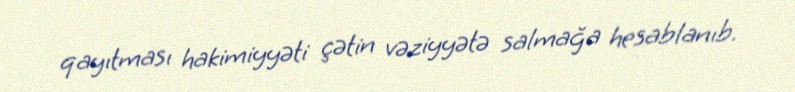
qayıtması hakimiyyəti çətin vəziyyətə salmağa hesablanıb.